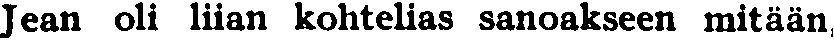
Jean oli liian kohtelias sanoakseen mitään,